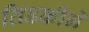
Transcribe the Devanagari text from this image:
तिडकीने